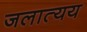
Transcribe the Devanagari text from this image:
जलात्यय